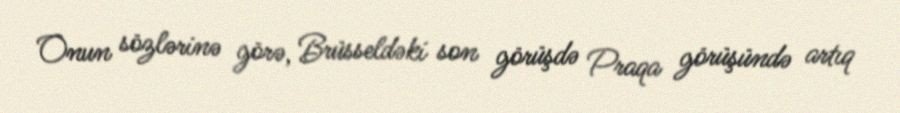
Onun sözlərinə görə, Brüsseldəki son görüşdə Praqa görüşündə artıq